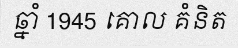
ឆ្នាំ 1945 គោល គំនិត